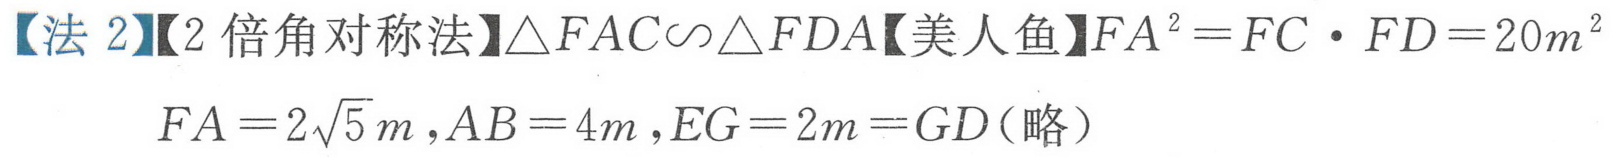
【法 2】【2倍角对称法】\(\triangle FAC\sim\triangle FDA\)【美人鱼】\(FA^{2}=FC\cdot FD = 20m^{2}\)
\(FA = 2\sqrt{5}m,AB = 4m,EG = 2m = GD\)(略）